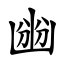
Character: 㟗